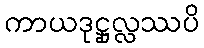
ကာယဒုဋ္ဌုလ္လဿပိ